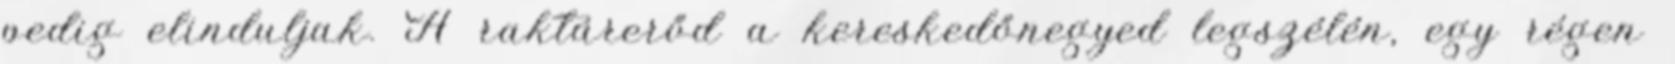
pedig elinduljak. A raktárerőd a kereskedőnegyed legszélén, egy régen